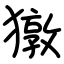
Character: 獤